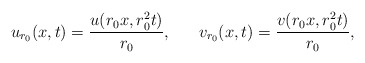
\begin{align*} u_{r_0}(x,t)= \frac{u(r_{0} x,r_{0}^{2} t)}{r_{0}},\ \ \ \ \ v_{r_0}(x,t)= \frac{v(r_{0} x,r_{0}^{2} t)}{r_{0}},\end{align*}